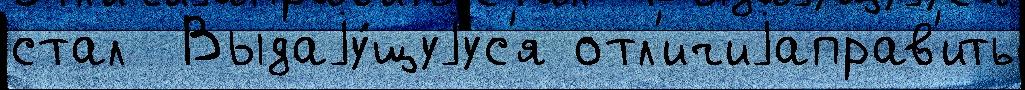
стал  Выдаjу́щуjус'я отл'ичиjаправ'ить